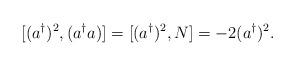
LaTeX: \begin{align*}[(a^\dagger)^2, (a^\dagger a) ] = [(a^\dagger)^2, N ] = -2 (a^\dagger)^2.\end{align*}